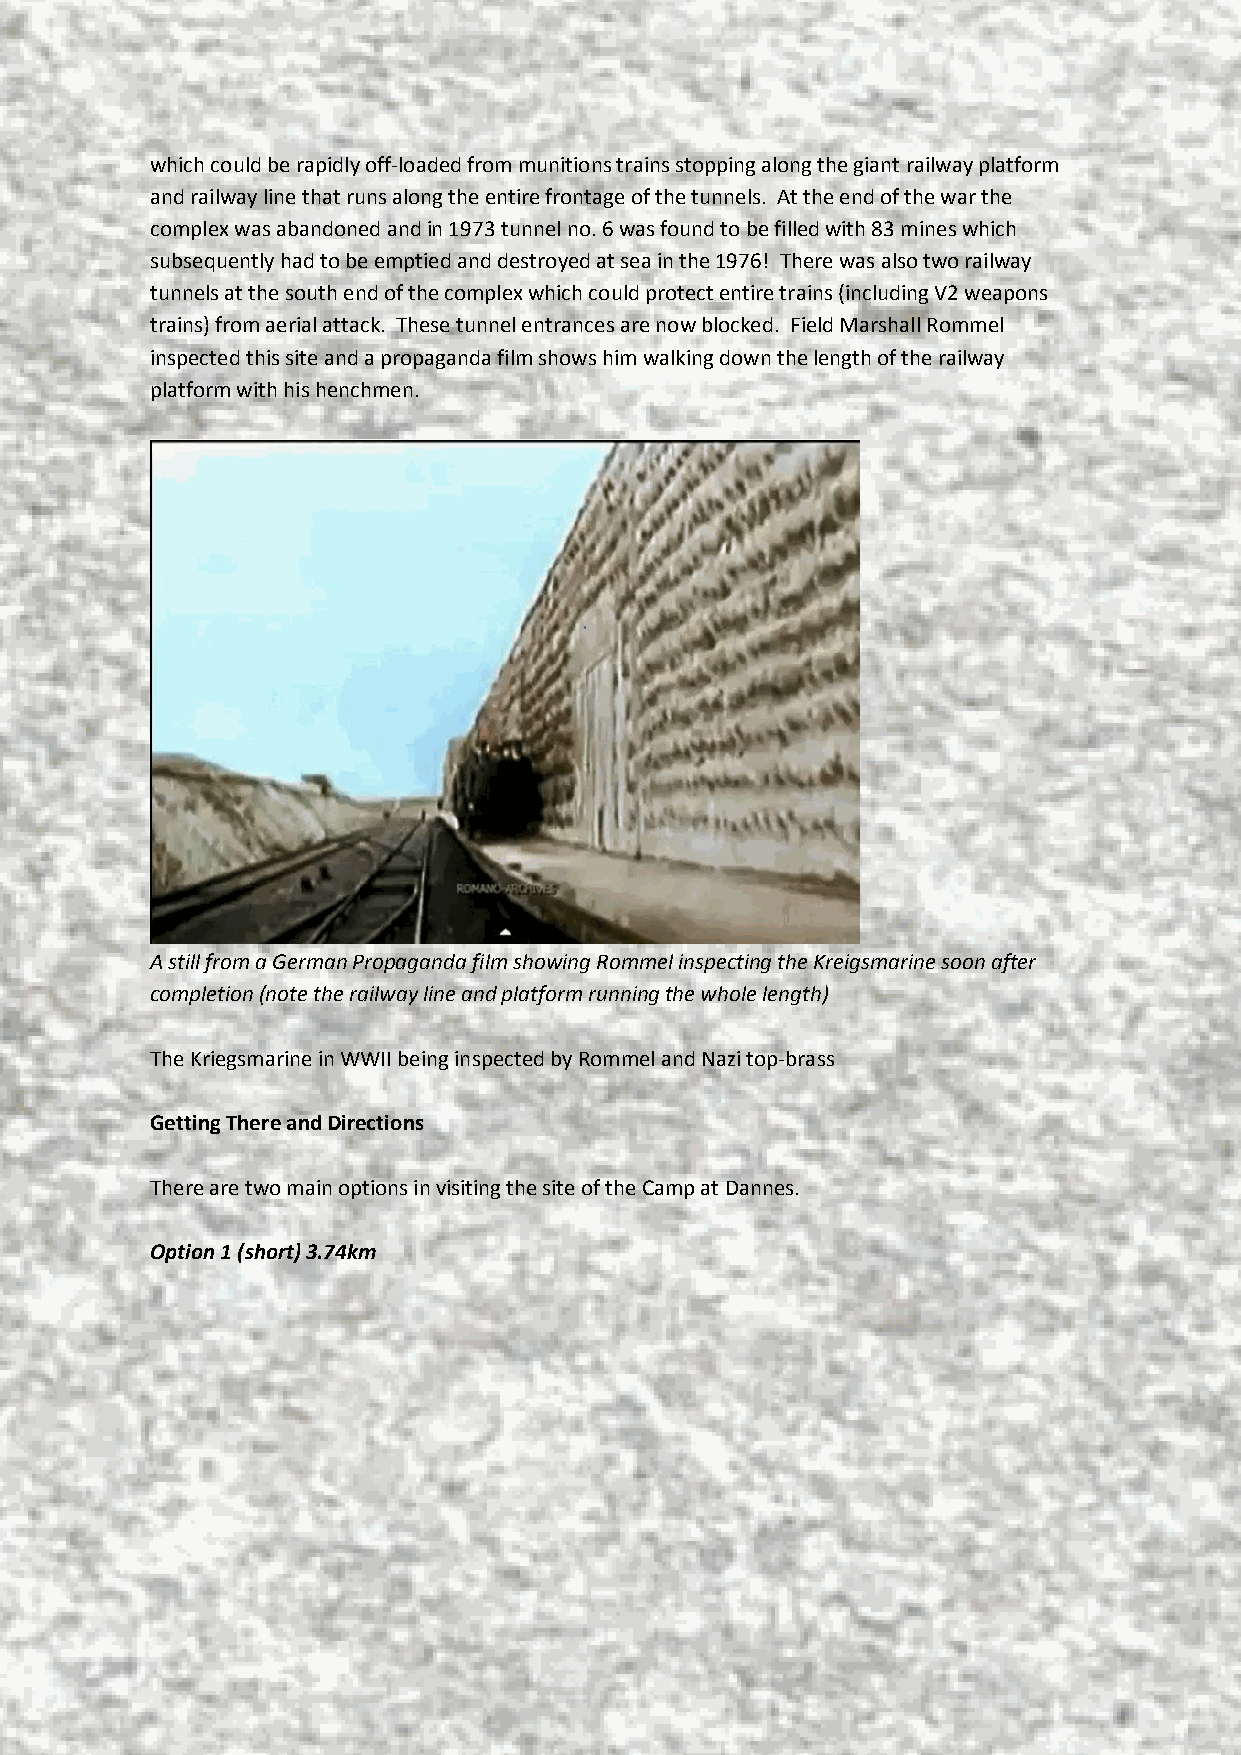
which could be rapidly off-loaded from munitions trains stopping along the giant railway platform
 and railway line that runs along the entire frontage of the tunnels. At the end of the war the
 complex was abandoned and in 1973 tunnel no. 6 was found to be filled with 83 mines which
 subsequently had to be emptied and destroyed at sea in the 1976! There was also two railway
 tunnels at the south end of the complex which could protect entire trains (including V2 weapons
 trains) from aerial attack. These tunnel entrances are now blocked. Field Marshall Rommel
 inspected this site and a propaganda film shows him walking down the length of the railway
 platform with his henchmen.
 A still from a German Propaganda film showing Rommel inspecting the Kreigsmarine soon after
 completion (note the railway line and platform running the whole length)
 The Kriegsmarine in WWII being inspected by Rommel and Nazi top-brass
 Getting There and Directions
 There are two main options in visiting the site of the Camp at Dannes.
 Option 1 (short) 3.74km